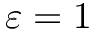
\varepsilon = 1